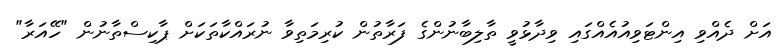
އަށް ދެއްވި އިންޓަވިއުއެއްގައި ވިދާޅުވީ ތާލިބާނުންގެ ފަރާތުން ކުރިމަތިވާ ނުރައްކާތަކަށް ޕާކިސްތާނުން "ހޭއަރާ"